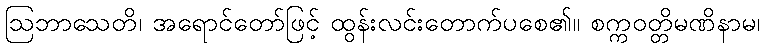
ဩဘာသေတိ၊ အရောင်တော်ဖြင့် ထွန်းလင်းတောက်ပစေ၏။ စက္ကဝတ္တိမဏိနာမ၊